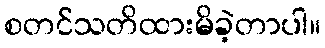
စတင်သတိထားမိခဲ့တာပါ။